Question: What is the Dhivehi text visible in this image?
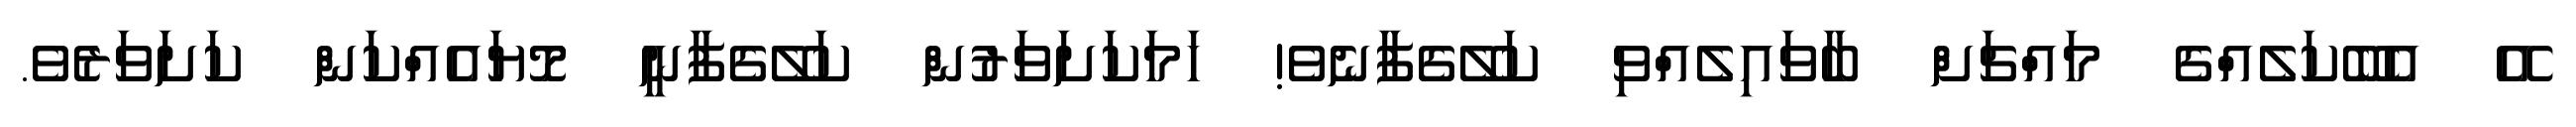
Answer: އޭ އެބޭކަލެއްގެ މައްޗަށް ބާވައިލެއްވި ކަލޭގެފާނެވެ! ހަމަކަށަވަރުން ކަލޭގެފާނީ މޮޔައެއްކަން ކަށަވަރެވެ.